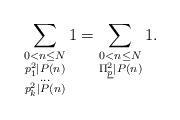
LaTeX: \begin{align*} \sum_{\substack{{ 0 < n \leq N} \\ {p_1^2 | P(n)} \\ {\dots} \\ {p_k^2 | P(n)} } } 1 = \sum_{\substack{ {0 < n \leq N} \\ {\Pi_{\underline{p}}^2 \vert P(n)}}} 1.\end{align*}